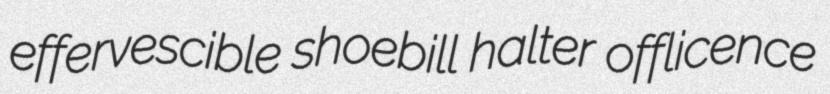
effervescible shoebill halter offlicence